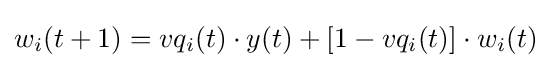
w_{i}(t+1)=vq_{i}(t)\cdot y(t)+[1-vq_{i}(t)]\cdot w_{i}(t)\,\!